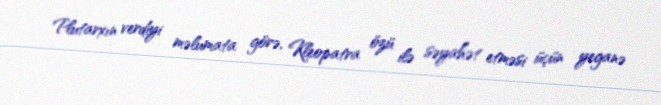
Plutarxın verdiyi məlumata görə, Kleopatra özü ilə səyahət etməsi üçün yeganə